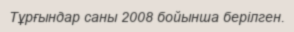
Тұрғындар саны 2008 бойынша берілген.